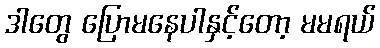
ဒါတွေ ပြောမနေပါနှင့်တော့ မမရယ်